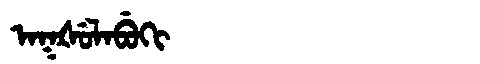
Manchu: ᠠᡴᡧᡠᠯᠠᠪᡠᡴᡳ
Romanization: AKŠULABUKI